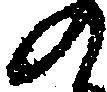
の